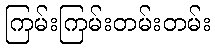
ကြမ်းကြမ်းတမ်းတမ်း